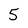
Character: 5